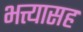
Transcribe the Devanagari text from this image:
भत्त्यासह